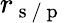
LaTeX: r_{\mathrm{~s~}/\mathrm{~p~}}